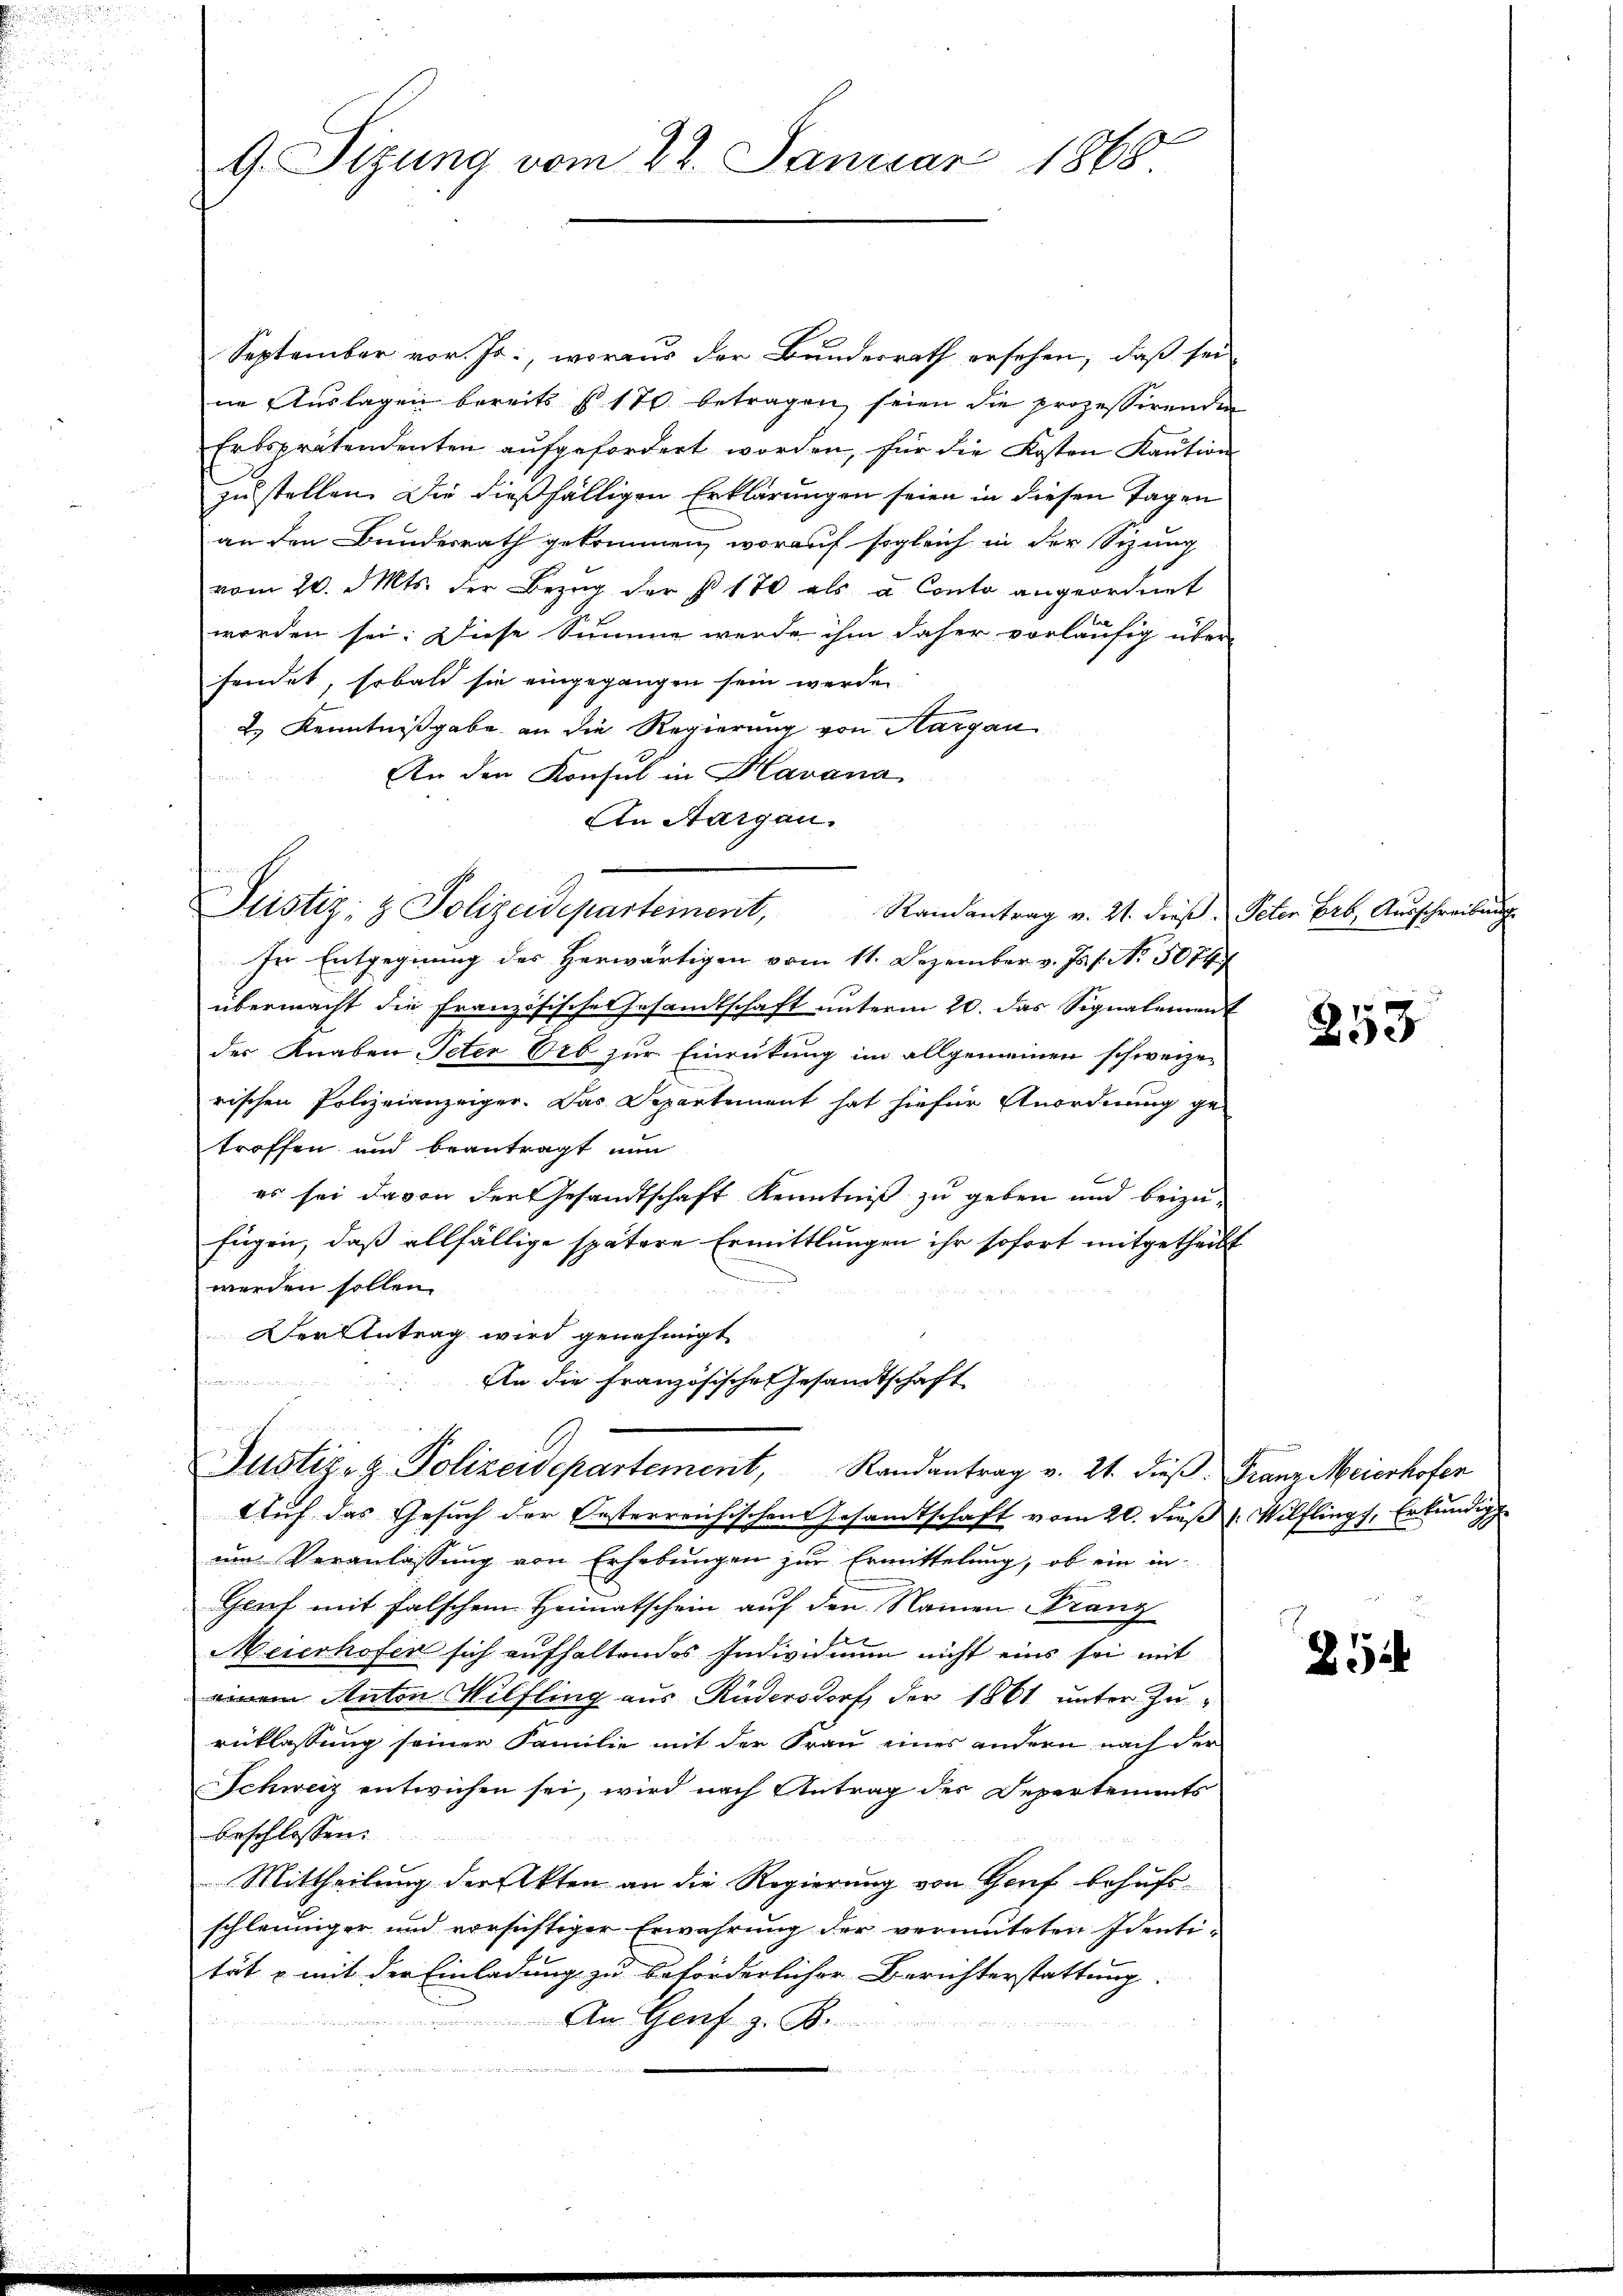
G. Sitzung vom 22. Januar 1868

September vor. Js., woraus der Bundesrath ersehen, daß sei
ne Auslagen bereits § 170 betragen, seien die prozessirenden
Erbsprätendenten aŭfgefordert worden, für die Kosten Kaŭtion
zu stellen. Die dießfälligen Erklärungen seien in diesen Tagen
an den Bundesrath gekommen, worauf sogleich in der Sizung
vom 20. Mts. der Bezŭg der § 170 als a Conto angeordnet
worden sei. Diese Summe werde ihm daher vorläufig über-
fendet, sobald sie eingegangen sein werden
2.) Kenntnißgabe an die Regierung von Aargau
An den Konsul in Havana
An Aargau.

Justiz- & Polizeidepartement, Randantrag v. 21. dieß Peter Erb. Ausschreibung

In Entgegnung des Herwärtigen vom 11. Dezember v. Js. s. No. 5074
übermacht die Französische Gesandtschaft unterm 20. das Signalement
der Knaben Peter Erb zur Einrückung im allgemeinen schweizerischen Polizeianzeiger. Das Departement hat hiefür Anordnung ge-
troffen und beantragt nun
es sei davon der Gesandtschaft Kenntniß zu geben und beizufügen, daß allfällige spätere Ermittlungen ihr sofort mitgetheilt
werden sollen.
Der Antrag wird genehmigt
An die Französische Gesandtschaft

u
Justiz- & Polizeidepartement, Randantrag v. 21. dieß. Franz Meierhofer

Auf das Gesuch der Oesterreichischen Gesandtschaft vom 20. dieß. Wilflings, Erkundige
um Veranlassung von Erhebungen zur Ermittelung, ob ein in-
Gruf mit falschem Heimatschein auf den Namen Franz
Meierhofen sich aufhaltendes Individuum nicht eins sei mit
einem Anton Wilfling aus Rudersdorf der 1861 unter Zurücklassung seiner Familie mit der Frau eines andern nach der
Schweiz entwichen sei, wird nach Antrag der Depertements
beschlossen:
Mittheilung der Akten an die Regierung von Hof behufsschleuniger und vorsichtiger Erwährung der vermuteten Identi-
tät & mit der Einladung zu beförderlicher Berichterstattung.
An Genf z. B.
e

253

25